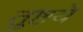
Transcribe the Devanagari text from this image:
तुष्टये